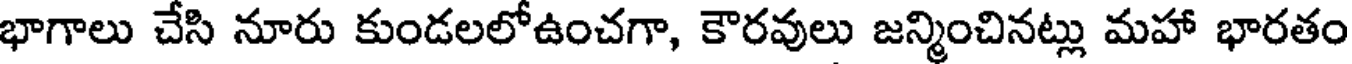
భాగాలు చేసి నూరు కుండలలోఉంచగా, కౌరవులు జన్మించినట్లు మహా భారతం